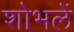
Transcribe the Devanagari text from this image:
शोभलें